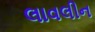
લાવલીન